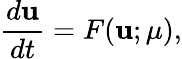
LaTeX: \frac{d\mathbf{u}}{dt}=F(\mathbf{u};\mu),